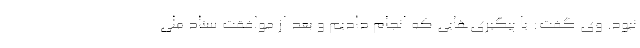
نبود. وی گفت: با پیگیری‌هایی که انجام دادیم و بعد از موافقت ستاد ملی